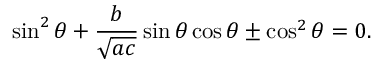
\sin ^ { 2 } \theta + { \frac { b } { \sqrt { a c } } } \sin \theta \cos \theta \pm \cos ^ { 2 } \theta = 0 .